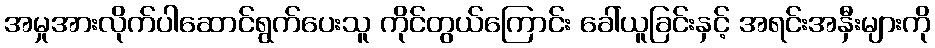
အမှုအားလိုက်ပါဆောင်ရွက်ပေးသူ ကိုင်တွယ်ကြောင်း ခေါ်ယူခြင်းနှင့် အရင်းအနှီးများကို